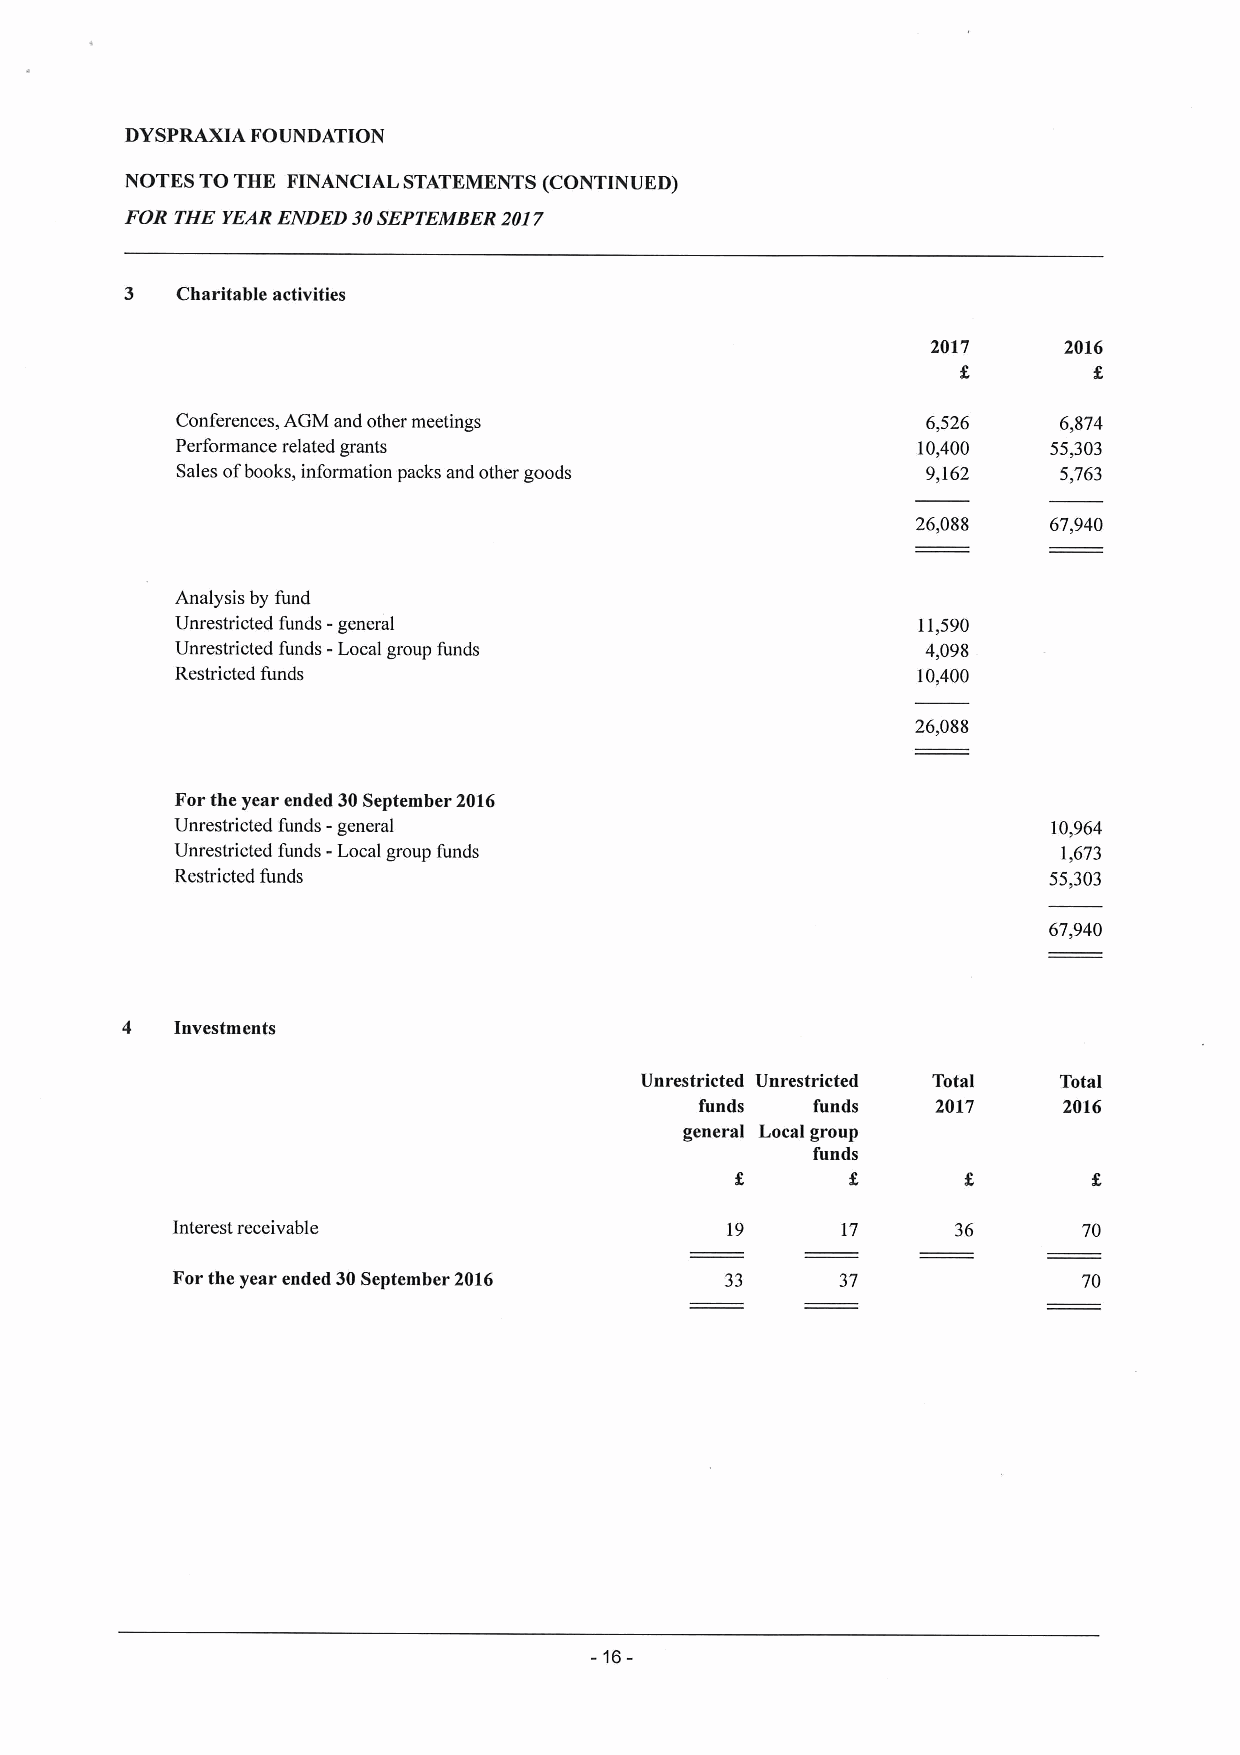
DYSPRAXIA FOUNDATION
 NOTES TOTHE FINANCIAL STATEMENTS (CONTINUED)
 FOR THE YEARENDED 30SEPTEMBER2017
 3   Charitable activities
 2017    2016
 Conferences, AGM and other meetings              6,526    6,874
 Performance related grants                       10,400   55,303
 Sales ofbooks, information packs and other goods 9,162    5,763
 26,088  67,940
 Analysis by fund
 Unrestricted funds - general                     11,590
 Unrestricted funds -Local group funds            4,098
 Restricted funds                                 10,400
 26,088
 Forthe year ended 30September 2016
 Unrestricted funds - general                              10,964
 Unrestricted funds -Local group funds                     1,673
 Restricted funds                                         55,303
 67,940
 4   Investments
 Unrestricted Unrestricted Total Total
 funds   funds   2017    2016
 general Local group
 funds
 Interest receivable                  19      17     36       70
 Forthe year ended 30September 2016   33      37              70
 -16-